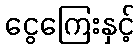
ငွေကြေးနှင့်